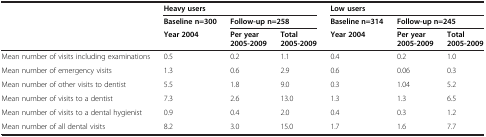
<table><thead><tr><td rowspan="2"><b> </b></td><td colspan="3"><b>Heavy users</b></td><td colspan="3"><b>Low users</b></td></tr><tr><td><b>Baseline n=300</b></td><td colspan="2"><b>Follow-up n=258</b></td><td><b>Baseline n=314</b></td><td colspan="2"><b>Follow-up n=245</b></td></tr><tr><td><b> </b></td><td><b>Year 2004</b></td><td><b>Per year 2005-2009</b></td><td><b>Total 2005-2009</b></td><td><b>Year 2004</b></td><td><b>Per year 2005-2009</b></td><td><b>Total 2005-2009</b></td></tr></thead><tbody><tr><td>Mean number of visits including examinations</td><td>0.5</td><td>0.2</td><td>1.1</td><td>0.4</td><td>0.2</td><td>1.0</td></tr><tr><td>Mean number of emergency visits</td><td>1.3</td><td>0.6</td><td>2.9</td><td>0.6</td><td>0.06</td><td>0.3</td></tr><tr><td>Mean number of other visits to dentist</td><td>5.5</td><td>1.8</td><td>9.0</td><td>0.3</td><td>1.04</td><td>5.2</td></tr><tr><td>Mean number of visits to a dentist</td><td>7.3</td><td>2.6</td><td>13.0</td><td>1.3</td><td>1.3</td><td>6.5</td></tr><tr><td>Mean number of visits to a dental hygienist</td><td>0.9</td><td>0.4</td><td>2.0</td><td>0.4</td><td>0.3</td><td>1.2</td></tr><tr><td>Mean number of all dental visits</td><td>8.2</td><td>3.0</td><td>15.0</td><td>1.7</td><td>1.6</td><td>7.7</td></tr></tbody></table>